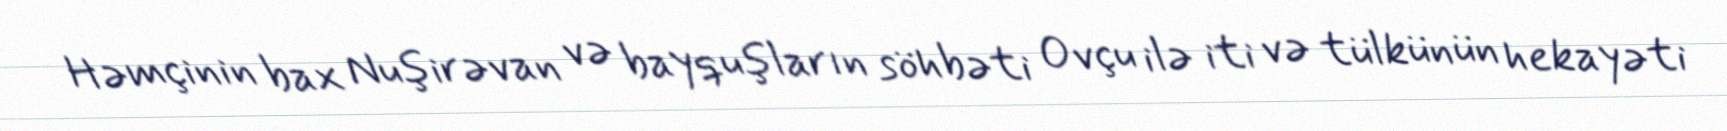
Həmçinin bax Nuşirəvan və bayquşların söhbəti Ovçu ilə iti və tülkünün hekayəti